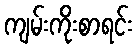
ကျမ်းကိုးစာရင်း